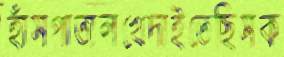
হাঁসপাতালখেদাইতেছিসক